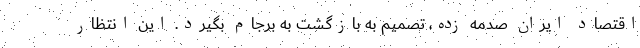
اقتصاد ایران صدمه زده، تصمیم به بازگشت به برجام بگیرد. این انتظار